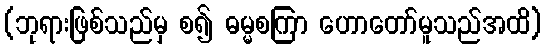
(ဘုရားဖြစ်သည်မှ စ၍ ဓမ္မစကြာ ဟောတော်မူသည်အထိ)